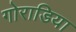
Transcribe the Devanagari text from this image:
गोराडिया